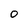
Character: 0